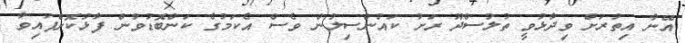
އޭނާ އިތުރަށް ވިދާޅުވީ ތުލުސްދޫ ރަށު ކައުންސިލުން ވެސް އެކަމުގެ ކަންބޮޑުވުން ފާޅުކޮށްފައިވާ